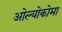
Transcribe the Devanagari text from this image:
ओल्योकोमा